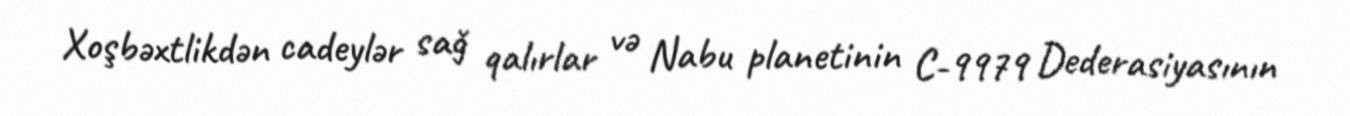
Xoşbəxtlikdən cadeylər sağ qalırlar və Nabu planetinin C-9979 Dederasiyasının